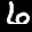
Label: 6